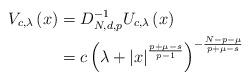
LaTeX: \begin{align*}V_{c,\lambda}\left( x\right) & =D_{N,d,p}^{-1}U_{c,\lambda}\left(x\right) \\& =c\left( \lambda+\left\vert x\right\vert ^{\frac{p+\mu-s}{p-1}}\right)^{-\frac{N-p-\mu}{p+\mu-s}}\end{align*}